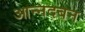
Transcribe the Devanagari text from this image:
आन्नदबन